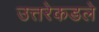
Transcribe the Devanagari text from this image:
उत्तरेकडले